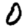
Digit: 0